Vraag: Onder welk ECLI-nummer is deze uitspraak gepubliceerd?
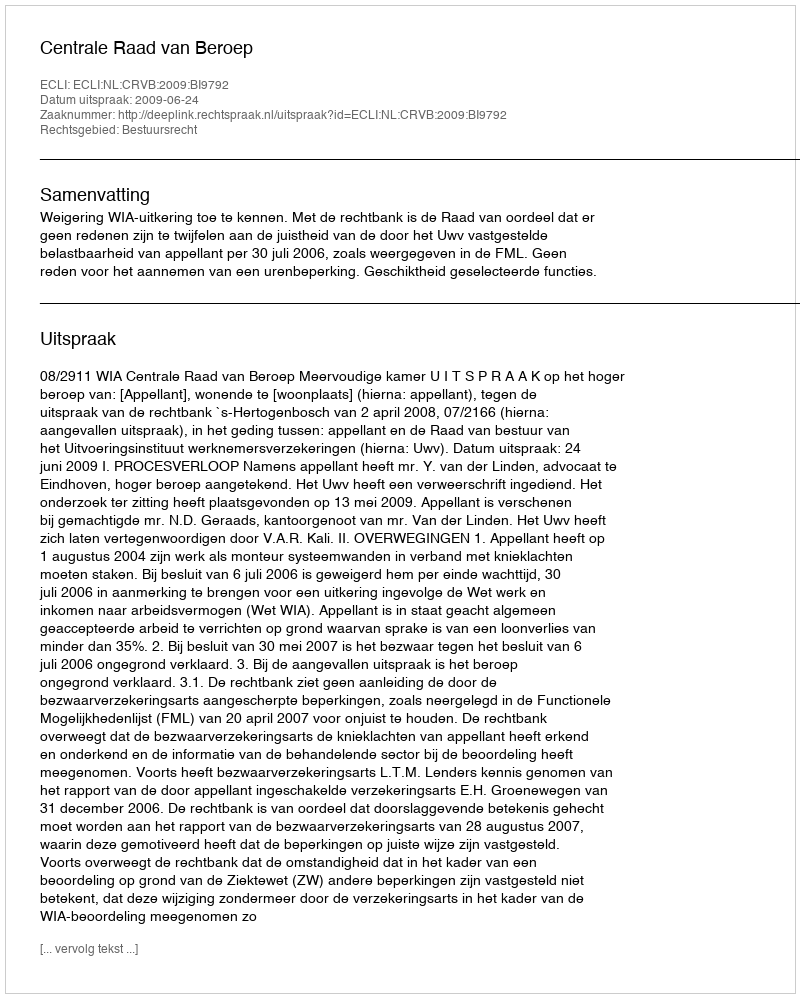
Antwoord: ECLI:NL:CRVB:2009:BI9792